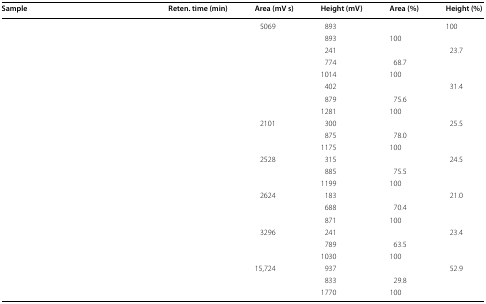
<table><thead><tr><td><b>Sample</b></td><td><b>Reten. time (min)</b></td><td><b>Area (mV s)</b></td><td><b>Height (mV)</b></td><td><b>Area (%)</b></td><td><b>Height (%)</b></td></tr></thead><tbody><tr><td rowspan="2">[EMPTY_CELL]</td><td>[EMPTY_CELL]</td><td>5069</td><td>893</td><td>[EMPTY_CELL]</td><td>100</td></tr><tr><td>[EMPTY_CELL]</td><td>[EMPTY_CELL]</td><td>893</td><td>100</td><td>[EMPTY_CELL]</td></tr><tr><td rowspan="3">[EMPTY_CELL]</td><td>[EMPTY_CELL]</td><td>[EMPTY_CELL]</td><td>241</td><td>[EMPTY_CELL]</td><td>23.7</td></tr><tr><td>[EMPTY_CELL]</td><td>[EMPTY_CELL]</td><td>774</td><td>68.7</td><td>[EMPTY_CELL]</td></tr><tr><td>[EMPTY_CELL]</td><td>[EMPTY_CELL]</td><td>1014</td><td>100</td><td>[EMPTY_CELL]</td></tr><tr><td rowspan="3">[EMPTY_CELL]</td><td>[EMPTY_CELL]</td><td>[EMPTY_CELL]</td><td>402</td><td>[EMPTY_CELL]</td><td>31.4</td></tr><tr><td>[EMPTY_CELL]</td><td>[EMPTY_CELL]</td><td>879</td><td>75.6</td><td>[EMPTY_CELL]</td></tr><tr><td>[EMPTY_CELL]</td><td>[EMPTY_CELL]</td><td>1281</td><td>100</td><td>[EMPTY_CELL]</td></tr><tr><td rowspan="3">[EMPTY_CELL]</td><td>[EMPTY_CELL]</td><td>2101</td><td>300</td><td>[EMPTY_CELL]</td><td>25.5</td></tr><tr><td>[EMPTY_CELL]</td><td>[EMPTY_CELL]</td><td>875</td><td>78.0</td><td>[EMPTY_CELL]</td></tr><tr><td>[EMPTY_CELL]</td><td>[EMPTY_CELL]</td><td>1175</td><td>100</td><td>[EMPTY_CELL]</td></tr><tr><td rowspan="3">[EMPTY_CELL]</td><td>[EMPTY_CELL]</td><td>2528</td><td>315</td><td>[EMPTY_CELL]</td><td>24.5</td></tr><tr><td>[EMPTY_CELL]</td><td>[EMPTY_CELL]</td><td>885</td><td>75.5</td><td>[EMPTY_CELL]</td></tr><tr><td>[EMPTY_CELL]</td><td>[EMPTY_CELL]</td><td>1199</td><td>100</td><td>[EMPTY_CELL]</td></tr><tr><td rowspan="3">[EMPTY_CELL]</td><td>[EMPTY_CELL]</td><td>2624</td><td>183</td><td>[EMPTY_CELL]</td><td>21.0</td></tr><tr><td>[EMPTY_CELL]</td><td>[EMPTY_CELL]</td><td>688</td><td>70.4</td><td>[EMPTY_CELL]</td></tr><tr><td>[EMPTY_CELL]</td><td>[EMPTY_CELL]</td><td>871</td><td>100</td><td>[EMPTY_CELL]</td></tr><tr><td rowspan="3">[EMPTY_CELL]</td><td>[EMPTY_CELL]</td><td>3296</td><td>241</td><td>[EMPTY_CELL]</td><td>23.4</td></tr><tr><td>[EMPTY_CELL]</td><td>[EMPTY_CELL]</td><td>789</td><td>63.5</td><td>[EMPTY_CELL]</td></tr><tr><td>[EMPTY_CELL]</td><td>[EMPTY_CELL]</td><td>1030</td><td>100</td><td>[EMPTY_CELL]</td></tr><tr><td rowspan="3">[EMPTY_CELL]</td><td>[EMPTY_CELL]</td><td>15,724</td><td>937</td><td>[EMPTY_CELL]</td><td>52.9</td></tr><tr><td>[EMPTY_CELL]</td><td>[EMPTY_CELL]</td><td>833</td><td>29.8</td><td>[EMPTY_CELL]</td></tr><tr><td>[EMPTY_CELL]</td><td>[EMPTY_CELL]</td><td>1770</td><td>100</td><td>[EMPTY_CELL]</td></tr></tbody></table>